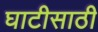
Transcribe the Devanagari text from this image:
घाटीसाठी